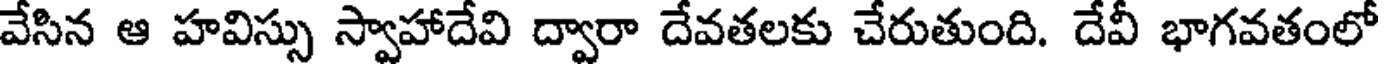
వేసిన ఆ హవిస్సు స్వాహాదేవి ద్వారా దేవతలకు చేరుతుంది. దేవీ భాగవతంలో